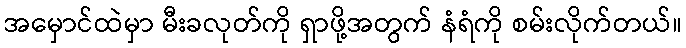
အမှောင်ထဲမှာ မီးခလုတ်ကို ရှာဖို့အတွက် နံရံကို စမ်းလိုက်တယ်။